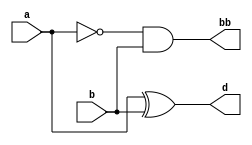
`timescale 1ns / 1ps
module half_subtractor(a, b, d, bb);
    input a, b;
    output d, bb;
    assign d = a ^ b;
    assign bb = ~a & b;
endmodule